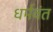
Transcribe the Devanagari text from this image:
धर्मवंत